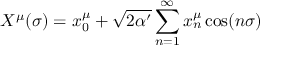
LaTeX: X ^ { \mu } ( \sigma ) = x _ { 0 } ^ { \mu } + \sqrt { 2 \alpha ^ { \prime } } \sum _ { n = 1 } ^ { \infty } { x _ { n } ^ { \mu } \cos ( n \sigma ) }